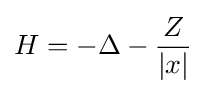
H=-\Delta -{\frac {Z}{|x|}}